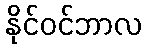
နိုင်ဝင်ဘာလ